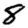
Digit: 8